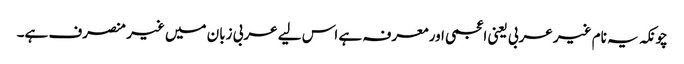
چونکہ یہ نام غیر عربی یعنی اعجمی اور معرفہ ہے اس لیے عربی زبان میں غیر منصرف ہے۔